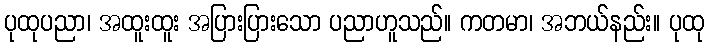
ပုထုပညာ၊ အထူးထူး အပြားပြားသော ပညာဟူသည်။ ကတမာ၊ အဘယ်နည်း။ ပုထု